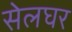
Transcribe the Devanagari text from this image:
सेलघर